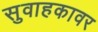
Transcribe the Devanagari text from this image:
सुवाहकावर